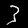
Label: 3